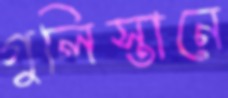
গুলিস্তানে